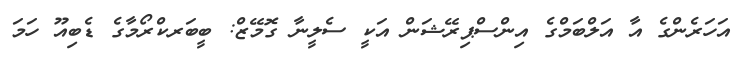
އަހަރެންގެ އާ އަލްބަމްގެ އިންސްޕިރޭޝަން އަކީ ސެލީނާ ގޮމޭޒް: ބީބަރކްރޯމާގެ ޑެބިއޫ ހަމަ